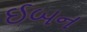
ઈબન